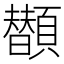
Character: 𩕗